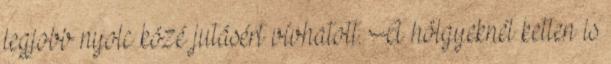
legjobb nyolc közé jutásért vívhatott. A hölgyeknél ketten is